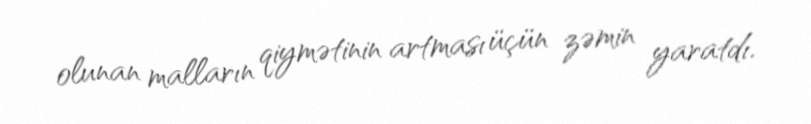
olunan malların qiymətinin artması üçün zəmin yaratdı.